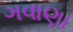
ગવાણા